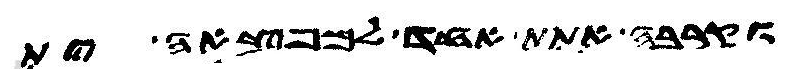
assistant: וקרבה אתת אחד למפצאה ית